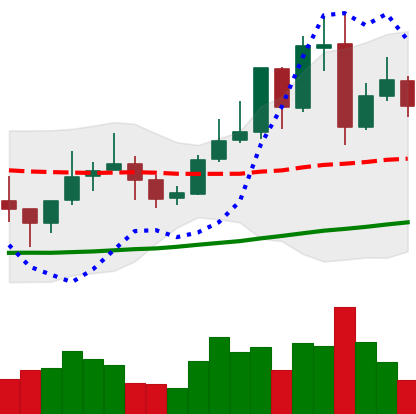
Ticker: LINK-USD
Chart end date: 2021-10-30
Forward return: 4.161%
Label: up_3_5